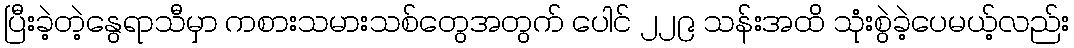
ပြီးခဲ့တဲ့နွေရာသီမှာ ကစားသမားသစ်တွေအတွက် ပေါင် ၂၂၉ သန်းအထိ သုံးစွဲခဲ့ပေမယ့်လည်း